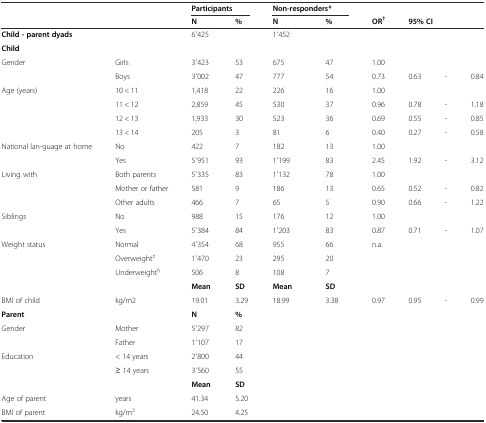
<table><thead><tr><td></td><td></td><td colspan="2"><b>Participants</b></td><td colspan="2"><b>Non-responders*</b></td><td colspan="4"></td></tr><tr><td></td><td></td><td><b>N</b></td><td><b>%</b></td><td><b>N</b></td><td><b>%</b></td><td><b>OR<sup>†</sup></b></td><td colspan="3"><b>95% CI</b></td></tr></thead><tbody><tr><td colspan="2"><b>Child - parent dyads</b></td><td>6′425</td><td></td><td>1′452</td><td></td><td></td><td></td><td></td><td></td></tr><tr><td><b>Child</b></td><td></td><td></td><td></td><td></td><td></td><td></td><td></td><td></td><td></td></tr><tr><td>Gender</td><td>Girls</td><td>3′423</td><td>53</td><td>675</td><td>47</td><td>1.00</td><td></td><td></td><td></td></tr><tr><td></td><td>Boys</td><td>3′002</td><td>47</td><td>777</td><td>54</td><td>0.73</td><td>0.63</td><td>-</td><td>0.84</td></tr><tr><td>Age (years)</td><td>10 &lt; 11</td><td>1,418</td><td>22</td><td>226</td><td>16</td><td>1.00</td><td></td><td></td><td></td></tr><tr><td></td><td>11 &lt; 12</td><td>2,859</td><td>45</td><td>530</td><td>37</td><td>0.96</td><td>0.78</td><td>-</td><td>1.18</td></tr><tr><td></td><td>12 &lt; 13</td><td>1,933</td><td>30</td><td>523</td><td>36</td><td>0.69</td><td>0.55</td><td>-</td><td>0.85</td></tr><tr><td></td><td>13 &lt; 14</td><td>205</td><td>3</td><td>81</td><td>6</td><td>0.40</td><td>0.27</td><td>-</td><td>0.58</td></tr><tr><td rowspan="2">National lan-guage at home</td><td>No</td><td>422</td><td>7</td><td>182</td><td>13</td><td>1.00</td><td></td><td></td><td></td></tr><tr><td>Yes</td><td>5′951</td><td>93</td><td>1′199</td><td>83</td><td>2.45</td><td>1.92</td><td>-</td><td>3.12</td></tr><tr><td>Living with</td><td>Both parents</td><td>5′335</td><td>83</td><td>1′132</td><td>78</td><td>1.00</td><td></td><td></td><td></td></tr><tr><td></td><td>Mother or father</td><td>581</td><td>9</td><td>186</td><td>13</td><td>0.65</td><td>0.52</td><td>-</td><td>0.82</td></tr><tr><td></td><td>Other adults</td><td>466</td><td>7</td><td>65</td><td>5</td><td>0.90</td><td>0.66</td><td>-</td><td>1.22</td></tr><tr><td>Siblings</td><td>No</td><td>988</td><td>15</td><td>176</td><td>12</td><td>1.00</td><td></td><td></td><td></td></tr><tr><td></td><td>Yes</td><td>5′384</td><td>84</td><td>1′203</td><td>83</td><td>0.87</td><td>0.71</td><td>-</td><td>1.07</td></tr><tr><td>Weight status</td><td>Normal</td><td>4′354</td><td>68</td><td>955</td><td>66</td><td>n.a.</td><td></td><td></td><td></td></tr><tr><td></td><td>Overweight<sup>‡</sup></td><td>1′470</td><td>23</td><td>295</td><td>20</td><td></td><td></td><td></td><td></td></tr><tr><td></td><td>Underweight<sup>§</sup></td><td>506</td><td>8</td><td>108</td><td>7</td><td></td><td></td><td></td><td></td></tr><tr><td></td><td></td><td><b>Mean</b></td><td><b>SD</b></td><td><b>Mean</b></td><td><b>SD</b></td><td></td><td></td><td></td><td></td></tr><tr><td>BMI of child</td><td>kg/m2</td><td>19.01</td><td>3.29</td><td>18.99</td><td>3.38</td><td>0.97</td><td>0.95</td><td>-</td><td>0.99</td></tr><tr><td><b>Parent</b></td><td></td><td><b>N</b></td><td><b>%</b></td><td></td><td></td><td></td><td></td><td></td><td></td></tr><tr><td rowspan="2">Gender</td><td>Mother</td><td>5′297</td><td>82</td><td></td><td></td><td></td><td></td><td></td><td></td></tr><tr><td>Father</td><td>1′107</td><td>17</td><td></td><td></td><td></td><td></td><td></td><td></td></tr><tr><td>Education</td><td>&lt; 14 years</td><td>2′800</td><td>44</td><td></td><td></td><td></td><td></td><td></td><td></td></tr><tr><td></td><td>≥ 14 years</td><td>3′560</td><td>55</td><td></td><td></td><td></td><td></td><td></td><td></td></tr><tr><td></td><td></td><td><b>Mean</b></td><td><b>SD</b></td><td></td><td></td><td></td><td></td><td></td><td></td></tr><tr><td>Age of parent</td><td>years</td><td>41.34</td><td>5.20</td><td></td><td></td><td></td><td></td><td></td><td></td></tr><tr><td>BMI of parent</td><td>kg/m<sup>2</sup></td><td>24.50</td><td>4.25</td><td></td><td></td><td></td><td></td><td></td><td></td></tr></tbody></table>